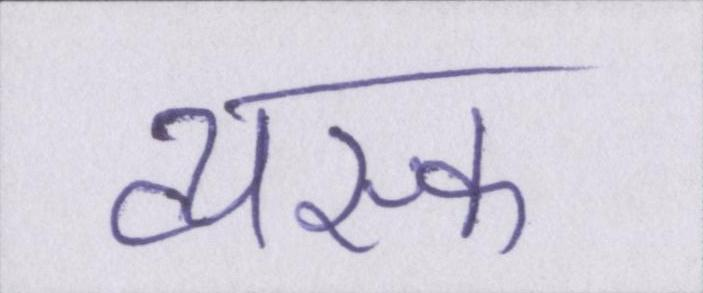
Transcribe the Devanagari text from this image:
व्यस्क